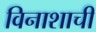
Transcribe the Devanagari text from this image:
विनाशाची